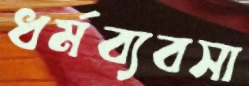
ধর্মব্যবসা